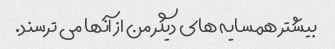
بیشتر همسایه های دیگر من از آنها می ترسند.